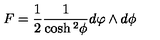
F = \frac { 1 } { 2 } \frac { 1 } { \cosh { ^ 2 } { \phi } } d \varphi \wedge d \phi